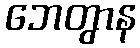
ဘေတွာန